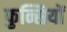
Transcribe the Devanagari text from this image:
फुन्सियों